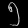
Digit: ၅